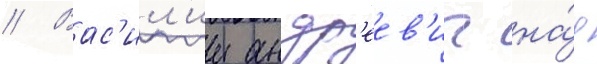
// Вас'ил'ии андр'еев'ич на́д